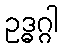
ဥဒ္ဓဂ္ဂါ